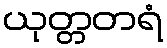
ယုတ္တတရံ